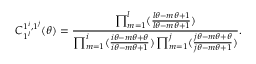
C _ { 1 ^ { l } } ^ { 1 ^ { i } , 1 ^ { j } } ( \theta ) = \frac { \prod _ { m = 1 } ^ { l } ( \frac { l \theta - m \theta + 1 } { l \theta - m \theta + 1 } ) } { \prod _ { m = 1 } ^ { i } ( \frac { i \theta - m \theta + \theta } { i \theta - m \theta + 1 } ) \prod _ { m = 1 } ^ { j } ( \frac { j \theta - m \theta + \theta } { j \theta - m \theta + 1 } ) } .